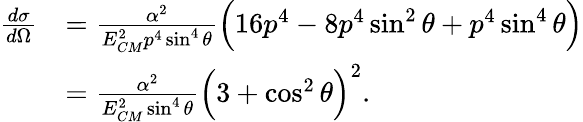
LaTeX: {\begin{array}{rl}{{\frac{d\sigma}{d\Omega}}}&{={\frac{\alpha^{2}}{E_{CM}^{2}p^{4}\sin^{4}\theta}}{\Big(}16p^{4}-8p^{4}\sin^{2}\theta+p^{4}\sin^{4}\theta{\Big)}}\\ &{={\frac{\alpha^{2}}{E_{CM}^{2}\sin^{4}\theta}}{\Big(}3+\cos^{2}\theta{\Big)}^{2}.}\end{array}}